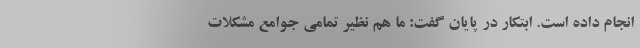
انجام داده است. ابتکار در پایان گفت: ما هم نظیر تمامی جوامع مشکلات